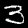
Label: 3